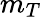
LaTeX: m_{T}